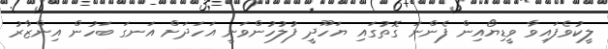
ލީކުވެފައިވާ ވީޑިޔޯއިން ފެންނަ ގޮތުގައި ޔަހޫދީ ފުލުހުންވަނީ އަހަދަށް އަނގަ ބަހުން އިންޒާރު